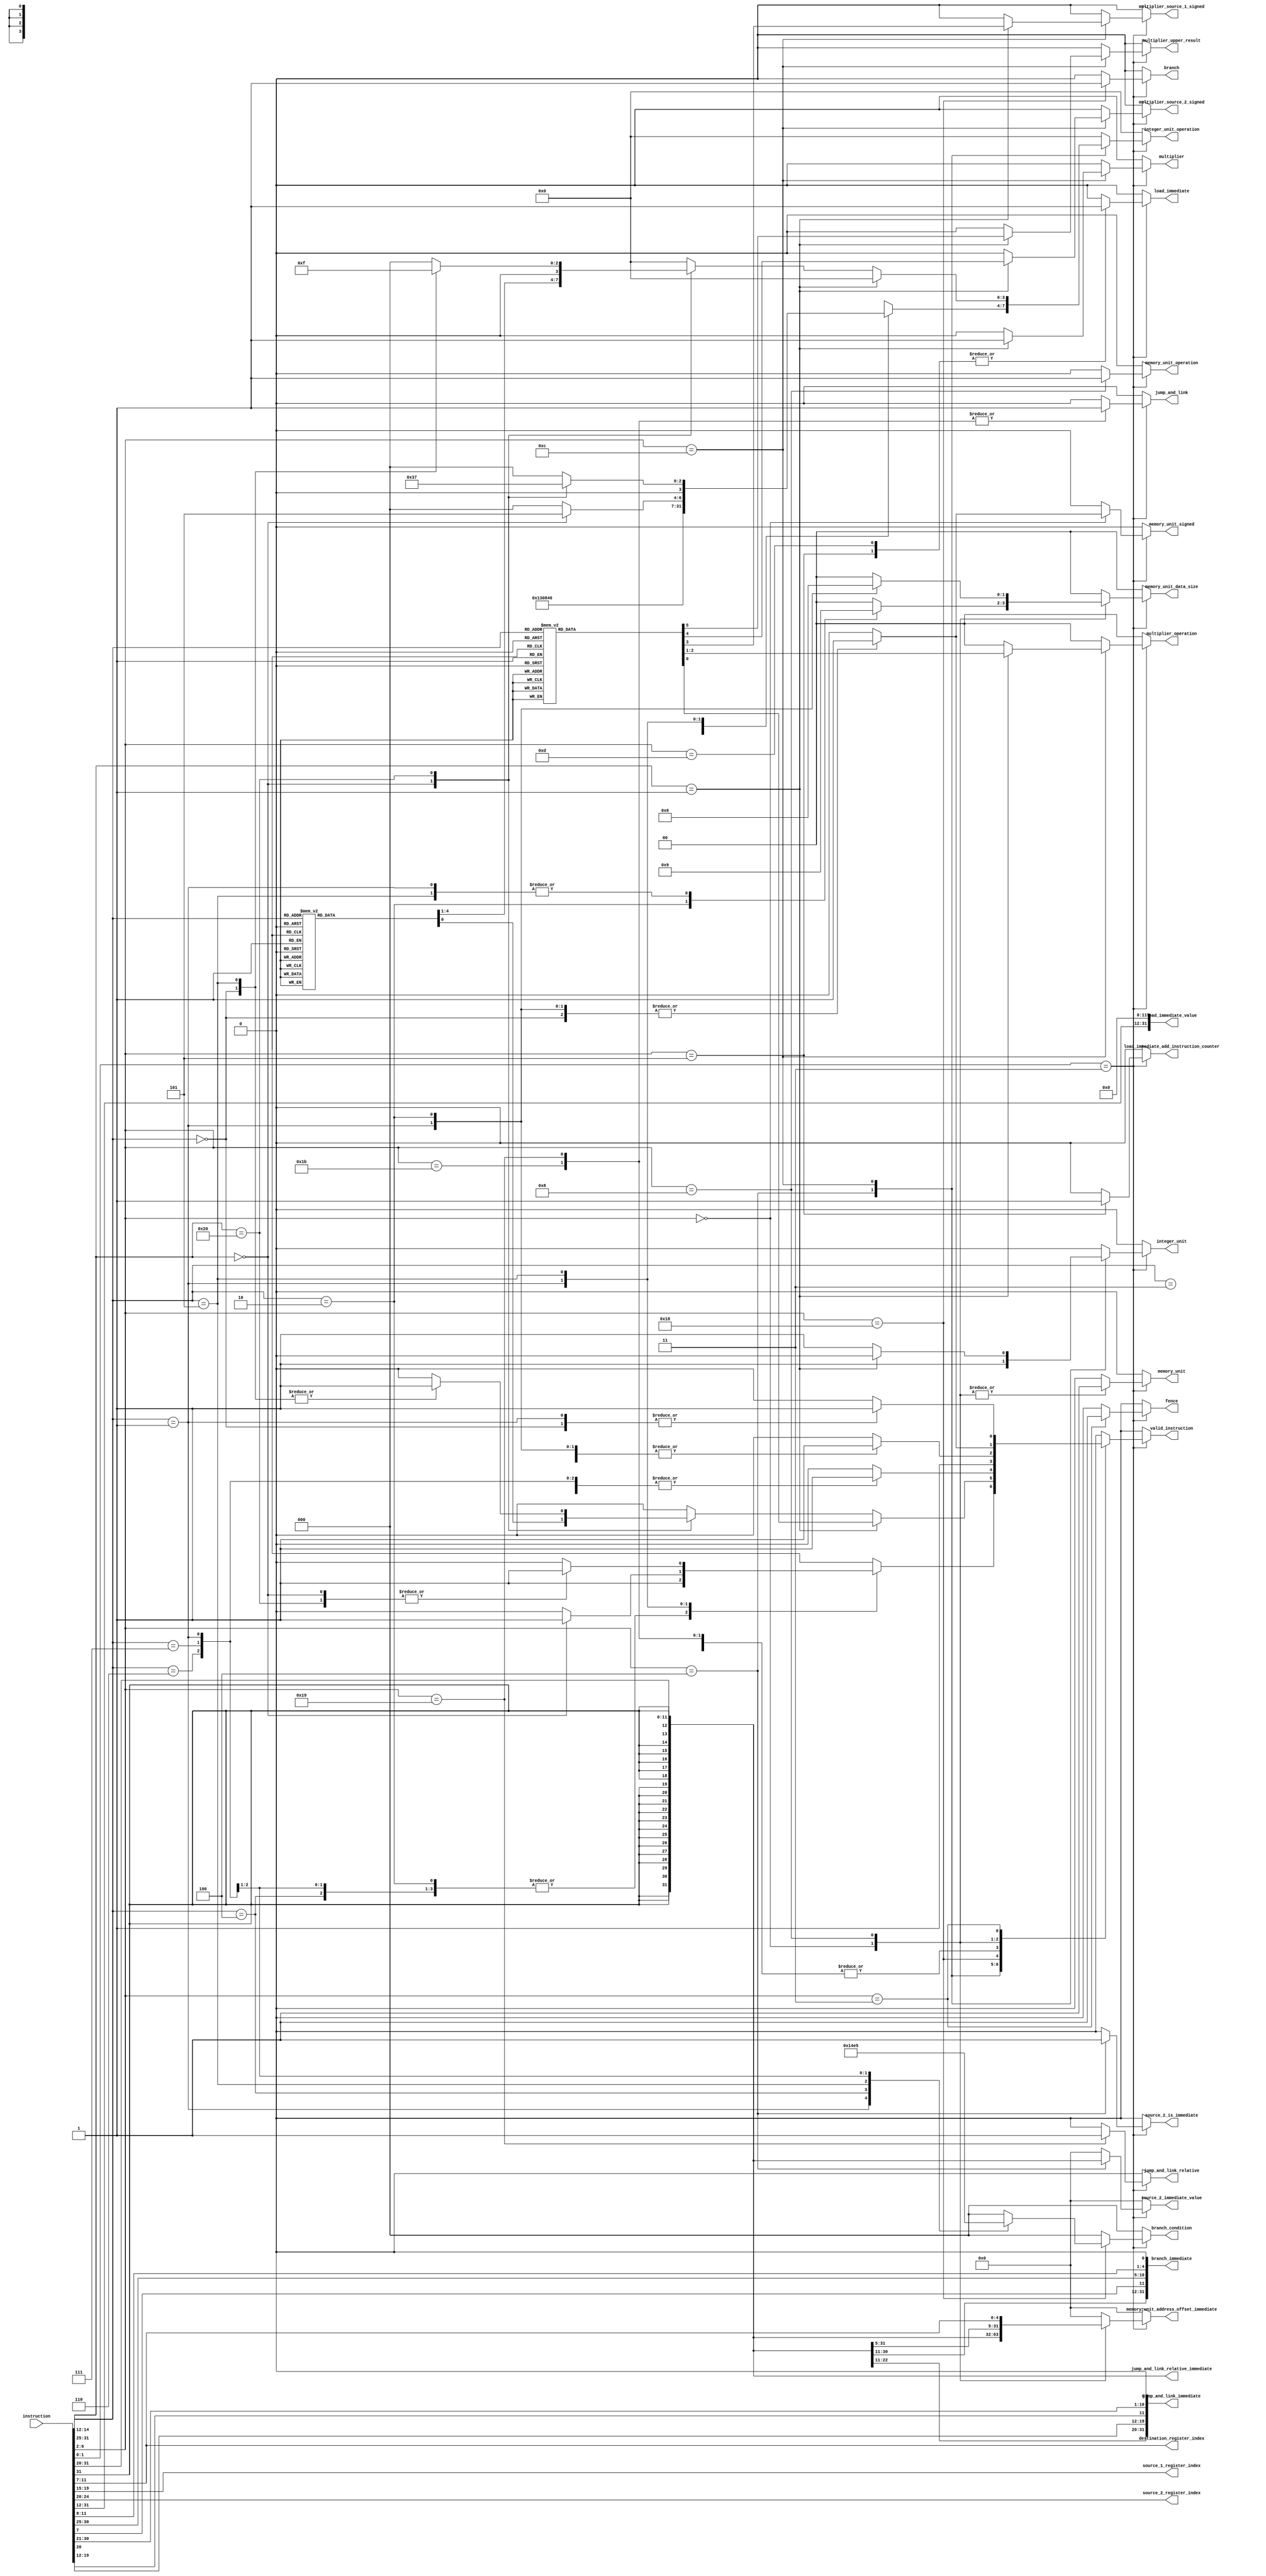
module InstructionDecoder (
    input [31 : 0]instruction,

    output reg valid_instruction,

    output [4 : 0]source_1_register_index,
    output reg source_2_is_immediate,
    output [4 : 0]source_2_register_index,
    output reg [31 : 0]source_2_immediate_value,
    output [4 : 0]destination_register_index,

    output reg integer_unit,
    output reg [3 : 0]integer_unit_operation,

    output reg multiplier,
    output reg [1 : 0]multiplier_operation,
    output reg multiplier_source_1_signed,
    output reg multiplier_source_2_signed,
    output reg multiplier_upper_result,

    output reg load_immediate,
    output reg load_immediate_add_instruction_counter,
    output [31 : 0]load_immediate_value,

    output reg branch,
    output reg [2 : 0]branch_condition,
    output [31 : 0]branch_immediate,

    output reg jump_and_link,
    output reg jump_and_link_relative,
    output [31 : 0]jump_and_link_immediate,
    output [31 : 0]jump_and_link_relative_immediate,

    output reg memory_unit,
    output reg memory_unit_operation,
    output reg [1 : 0]memory_unit_data_size,
    output reg memory_unit_signed,
    output reg [31 : 0]memory_unit_address_offset_immediate,

    output reg fence
);
    wire [6 : 0]opcode = instruction[6 : 0];

    wire [2 : 0]function_3 = instruction[14 : 12];
    wire [6 : 0]function_7 = instruction[31 : 25];

    assign source_1_register_index = instruction[19 : 15];
    assign source_2_register_index = instruction[24 : 20];
    assign destination_register_index = instruction[11 : 7];

    wire [31 : 0]immediate = {{21{instruction[31]}}, instruction[30 : 20]};
    wire [31 : 0]immediate_store = {{21{instruction[31]}}, instruction[30 : 25], instruction[11 : 7]};
    wire [31 : 0]immediate_branch = {{20{instruction[31]}}, instruction[7], instruction[30 : 25], instruction[11 : 8], 1'b0};
    wire [19 : 0]immediate_upper = instruction[31 : 12];
    wire [31 : 0]immediate_jump = {{12{instruction[31]}}, instruction[19 : 12], instruction[20], instruction[30 : 21], 1'b0};

    assign load_immediate_value = {immediate_upper, 12'b0};

    assign branch_immediate = immediate_branch;

    assign jump_and_link_immediate = immediate_jump;
    assign jump_and_link_relative_immediate = immediate;

    always @* begin
        valid_instruction = 1;

        source_2_is_immediate = 0;
        source_2_immediate_value = 0;

        integer_unit = 0;
        integer_unit_operation = 0;

        multiplier = 0;
        multiplier_operation = 0;
        multiplier_source_1_signed = 0;
        multiplier_source_2_signed = 0;
        multiplier_upper_result = 0;

        load_immediate = 0;
        load_immediate_add_instruction_counter = 0;

        branch = 0;
        branch_condition = 0;

        jump_and_link = 0;
        jump_and_link_relative = 0;

        memory_unit = 0;
        memory_unit_operation = 0;
        memory_unit_data_size = 0;
        memory_unit_signed = 0;

        memory_unit_address_offset_immediate = 0;

        fence = 0;

        case (opcode[1 : 0])
            2'b11: begin // Base instruction set
                case (opcode[6 : 2])
                    5'b00100 : begin // OP-IMM
                        integer_unit = 1;
                        source_2_is_immediate = 1;
                        source_2_immediate_value = immediate;

                        case (function_3)
                            3'b000 : begin // ADDI
                                integer_unit_operation = 0;
                            end

                            3'b010 : begin // SLTI
                                integer_unit_operation = 9;
                            end

                            3'b011 : begin // SLTIU
                                integer_unit_operation = 8;
                            end

                            3'b100 : begin // XORI
                                integer_unit_operation = 4;
                            end

                            3'b110 : begin // ORI
                                integer_unit_operation = 2;
                            end

                            3'b111 : begin // ANDI
                                integer_unit_operation = 3;
                            end

                            3'b001 : begin // SLLI
                                if (function_7 == 7'b0000000) begin
                                    integer_unit_operation = 5;
                                end else begin
                                    valid_instruction = 0;
                                end
                            end

                            3'b101 : begin
                                case (function_7)
                                    7'b0000000: begin // SRLI
                                        integer_unit_operation = 6;
                                    end

                                    7'b0100000: begin // SRAI
                                        integer_unit_operation = 7;
                                    end

                                    default: begin
                                        valid_instruction = 0;
                                    end
                                endcase
                            end

                            default : begin
                                valid_instruction = 0;
                            end
                        endcase
                    end

                    5'b01100 : begin // OP
                        case (function_7)
                            7'b0000001 : begin // MULDIV
                                multiplier = 1;

                                case (function_3)
                                    3'b000 : begin // MUL
                                        multiplier_operation = 0;
                                        multiplier_source_1_signed = 0;
                                        multiplier_source_2_signed = 0;
                                        multiplier_upper_result = 0;
                                    end

                                    3'b001 : begin // MULH
                                        multiplier_operation = 0;
                                        multiplier_source_1_signed = 1;
                                        multiplier_source_2_signed = 1;
                                        multiplier_upper_result = 1;
                                    end

                                    3'b010 : begin // MULHSU
                                        multiplier_operation = 0;
                                        multiplier_source_1_signed = 1;
                                        multiplier_source_2_signed = 0;
                                        multiplier_upper_result = 1;
                                    end

                                    3'b011 : begin // MULHU
                                        multiplier_operation = 0;
                                        multiplier_source_1_signed = 0;
                                        multiplier_source_2_signed = 0;
                                        multiplier_upper_result = 1;
                                    end

                                    3'b100 : begin // DIV
                                        multiplier_operation = 1;
                                        multiplier_source_1_signed = 1;
                                        multiplier_source_2_signed = 1;
                                    end

                                    3'b101 : begin // DIVU
                                        multiplier_operation = 1;
                                        multiplier_source_1_signed = 0;
                                        multiplier_source_2_signed = 0;
                                    end

                                    3'b110 : begin // REM
                                        multiplier_operation = 2;
                                        multiplier_source_1_signed = 1;
                                        multiplier_source_2_signed = 1;
                                    end

                                    3'b111 : begin // REMU
                                        multiplier_operation = 2;
                                        multiplier_source_1_signed = 0;
                                        multiplier_source_2_signed = 0;
                                    end

                                    default : begin
                                        valid_instruction = 0;
                                    end
                                endcase
                            end

                            default : begin
                                integer_unit = 1;

                                case (function_7)
                                    7'b0000000: begin
                                        case (function_3)
                                            3'b000: begin // ADD
                                                integer_unit_operation = 0;
                                            end

                                            3'b001 : begin // SLL
                                                integer_unit_operation = 5;
                                            end

                                            3'b010 : begin // SLT
                                                integer_unit_operation = 9;
                                            end

                                            3'b011 : begin // SLTU
                                                integer_unit_operation = 8;
                                            end

                                            3'b100 : begin // XOR
                                                integer_unit_operation = 4;
                                            end

                                            3'b101 : begin // SRL
                                                integer_unit_operation = 6;
                                            end

                                            3'b110 : begin // OR
                                                integer_unit_operation = 2;
                                            end

                                            3'b111 : begin // AND
                                                integer_unit_operation = 3;
                                            end

                                            default: begin
                                                valid_instruction = 0;
                                            end
                                        endcase
                                    end

                                    7'b0100000: begin
                                        case (function_3)
                                            3'b000: begin // SUB
                                                integer_unit_operation = 1;
                                            end

                                            3'b101 : begin // SRA
                                                integer_unit_operation = 7;
                                            end

                                            default: begin
                                                valid_instruction = 0;
                                            end
                                        endcase
                                    end

                                    default: begin
                                        valid_instruction = 0;
                                    end
                                endcase
                            end
                        endcase
                    end

                    5'b00101 : begin // AUIPC
                        load_immediate = 1;
                        load_immediate_add_instruction_counter = 1;
                    end

                    5'b01101 : begin // LUI
                        load_immediate = 1;
                    end

                    5'b11000 : begin // BRANCH
                        branch = 1;

                        case (function_3)
                            3'b000 : begin // BEQ
                                branch_condition = 0;
                            end

                            3'b001 : begin // BNE
                                branch_condition = 1;
                            end

                            3'b100 : begin // BLT
                                branch_condition = 2;
                            end

                            3'b101 : begin // BGE
                                branch_condition = 3;
                            end

                            3'b110 : begin // BLTU
                                branch_condition = 4;
                            end

                            3'b111 : begin // BGEU
                                branch_condition = 5;
                            end

                            default : begin
                                valid_instruction = 0;
                            end
                        endcase
                    end

                    5'b11011 : begin // JAL
                        jump_and_link = 1;
                    end

                    5'b11001 : begin // JALR
                        jump_and_link = 1;
                        jump_and_link_relative = 1;
                    end

                    5'b00000 : begin // LOAD
                        memory_unit = 1;
                        memory_unit_operation = 0;
                        memory_unit_address_offset_immediate = immediate;

                        case (function_3)
                            3'b000 : begin // LB
                                memory_unit_data_size = 0;
                                memory_unit_signed = 1;
                            end

                            3'b001 : begin // LH
                                memory_unit_data_size = 1;
                                memory_unit_signed = 1;
                            end

                            3'b010 : begin // LW
                                memory_unit_data_size = 2;
                                memory_unit_signed = 1;
                            end

                            3'b100 : begin // LBU
                                memory_unit_data_size = 0;
                                memory_unit_signed = 0;
                            end

                            3'b101 : begin // LHU
                                memory_unit_data_size = 1;
                                memory_unit_signed = 0;
                            end

                            default : begin
                                valid_instruction = 0;
                            end
                        endcase
                    end

                    5'b01000 : begin // STORE
                        memory_unit = 1;
                        memory_unit_operation = 1;
                        memory_unit_address_offset_immediate = immediate_store;

                        case (function_3)
                            3'b000 : begin // SB
                                memory_unit_data_size = 0;
                            end

                            3'b001 : begin // SH
                                memory_unit_data_size = 1;
                            end

                            3'b010 : begin // SW
                                memory_unit_data_size = 2;
                            end

                            default : begin
                                valid_instruction = 0;
                            end
                        endcase
                    end

                    5'b00011 : begin // MISC-MEM
                        fence = 1;

                        case (function_3)
                            3'b000 : begin // FENCE
                            end

                            3'b001 : begin // FENCE.I
                            end

                            default : begin
                                valid_instruction = 0;
                            end
                        endcase
                    end

                    default : begin
                        valid_instruction = 0;
                    end
                endcase
            end

            default : begin
                valid_instruction = 0;
            end
        endcase
    end
endmodule